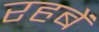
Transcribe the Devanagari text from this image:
रहबें